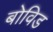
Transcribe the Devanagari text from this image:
बोविड